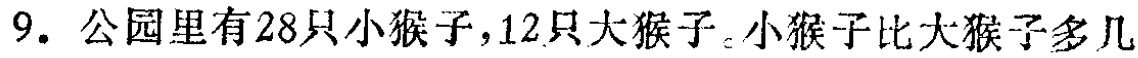
9. 公园里有28只小猴子，12只大猴子。小猴子比大猴子多几